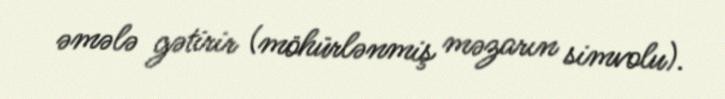
əmələ gətirir (möhürlənmiş məzarın simvolu).